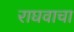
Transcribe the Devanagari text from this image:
राघवाचा